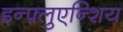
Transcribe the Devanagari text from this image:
इन्फ़्लुएन्शिय